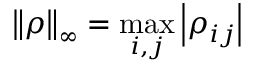
\left\| \rho \right\| _ { \infty } = \underset { i , j } { \operatorname* { m a x } } \left| \rho _ { i j } \right|